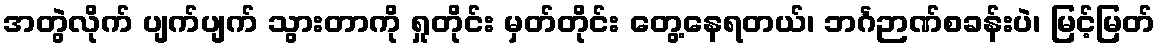
အတွဲလိုက် ပျက်ပျက် သွားတာကို ရှုတိုင်း မှတ်တိုင်း တွေ့နေရတယ်၊ ဘင်္ဂဉာဏ်စခန်းပဲ၊ မြင့်မြတ်